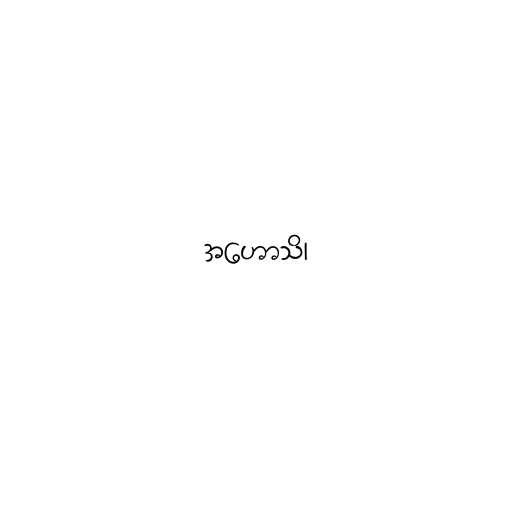
အဟောသိ၊